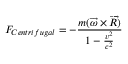
F _ { C e n t r i f u g a l } = - \frac { m ( \overrightarrow { \omega } \times \overrightarrow { R } ) } { 1 - \frac { v ^ { 2 } } { c ^ { 2 } } }